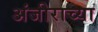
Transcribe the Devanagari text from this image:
अंजीराच्या